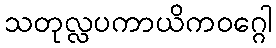
သတုလ္လပကာယိကဝဂ္ဂေါ